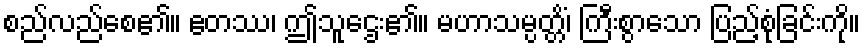
စည်လည်စေ၏။ ဧတဿ၊ ဤသူဌေး၏။ မဟာသမ္ပတ္တိံ၊ ကြီးစွာသော ပြည့်စုံခြင်းကို။